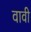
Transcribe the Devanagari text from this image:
वावी